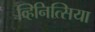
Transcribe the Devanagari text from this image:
व्हिनित्सिया